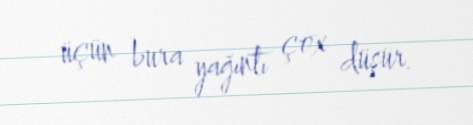
üçün bura yağıntı çox düşür.